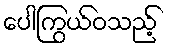
ပေါကြွယ်ဝသည့်